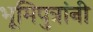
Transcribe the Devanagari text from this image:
भूमिपुत्रांनी